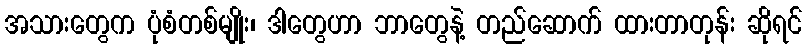
အသားတွေက ပုံစံတစ်မျိုး၊ ဒါတွေဟာ ဘာတွေနဲ့ တည်ဆောက် ထားတာတုန်း ဆိုရင်